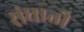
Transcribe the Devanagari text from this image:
संघाती